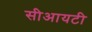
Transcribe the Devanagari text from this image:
सीआयटी